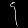
Digit: ၄